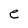
Character: e